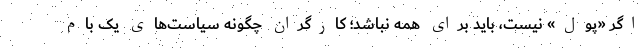
اگر «پول» نیست، باید برای همه نباشد؛ کارگران چگونه سیاست‌های یک بام